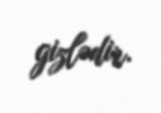
gizlədir.